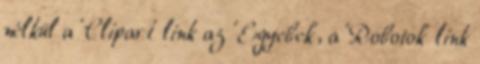
nélkül a 'Clipart' link az 'Egyebek', a 'Robotok' link